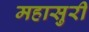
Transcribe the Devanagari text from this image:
महासुरी